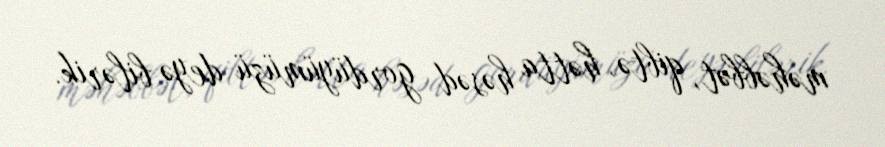
məhəbbət, qibtə, hətta həsəd gordüyümüzü deyə bilərik.